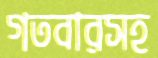
গতবারসহ